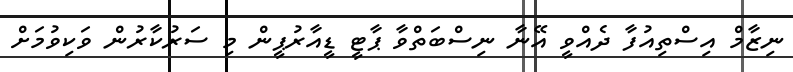
ނިޒާމް އިސްތިއުފާ ދެއްވީ އޭނާ ނިސްބަތްވާ ޕާޓީ ޑީއާރުޕީން މި ސަރުކާރުން ވަކިވުމަށް